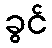
ခွင်